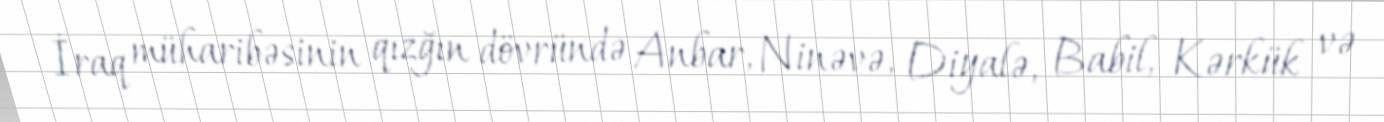
İraq müharibəsinin qızğın dövründə Anbar, Ninəvə, Diyalə, Babil, Kərkük və